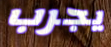
يجرب